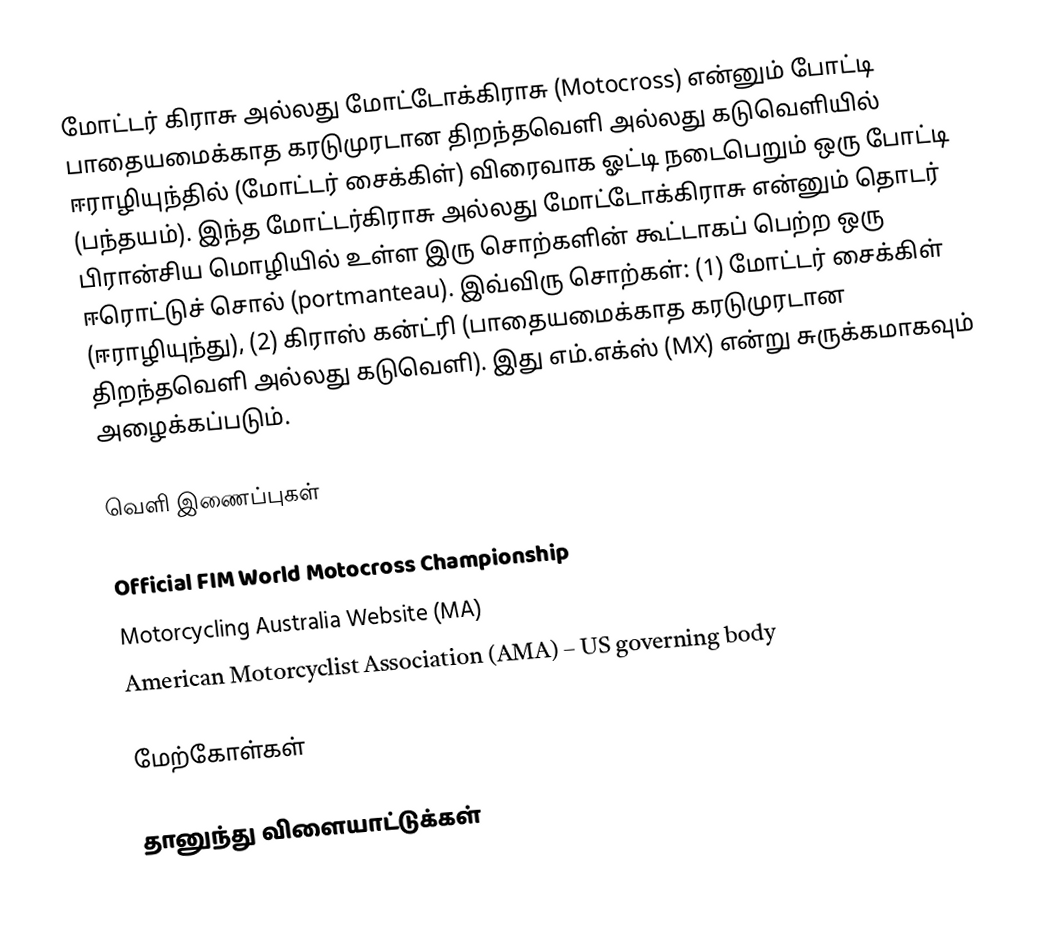
மோட்டர் கிராசு அல்லது மோட்டோக்கிராசு (Motocross) என்னும் போட்டி பாதையமைக்காத கரடுமுரடான திறந்தவெளி அல்லது கடுவெளியில் ஈராழியுந்தில் (மோட்டர் சைக்கிள்) விரைவாக ஓட்டி நடைபெறும் ஒரு போட்டி (பந்தயம்). இந்த மோட்டர்கிராசு அல்லது மோட்டோக்கிராசு என்னும் தொடர் பிரான்சிய மொழியில் உள்ள இரு சொற்களின் கூட்டாகப் பெற்ற ஒரு ஈரொட்டுச் சொல் (portmanteau). இவ்விரு சொற்கள்: (1) மோட்டர் சைக்கிள் (ஈராழியுந்து), (2) கிராஸ் கன்ட்ரி (பாதையமைக்காத கரடுமுரடான திறந்தவெளி அல்லது கடுவெளி). இது எம்.எக்ஸ் (MX) என்று சுருக்கமாகவும் அழைக்கப்படும்.

வெளி இணைப்புகள்

 Official FIM World Motocross Championship
 Motorcycling Australia Website (MA)
 American Motorcyclist Association (AMA) – US governing body

மேற்கோள்கள்

தானுந்து விளையாட்டுக்கள்